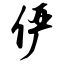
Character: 俨